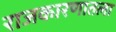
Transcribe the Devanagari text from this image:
राजकारणातला